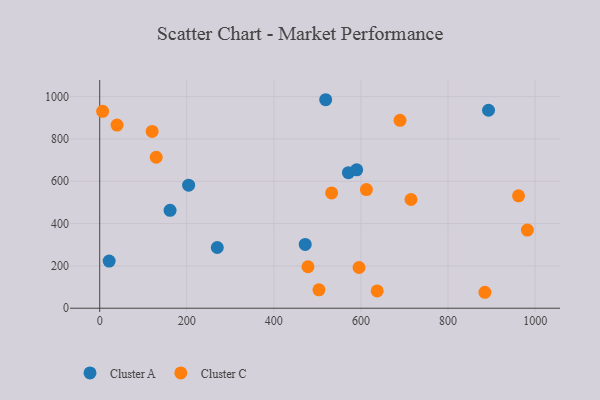
{"axis": {"x": "Investment", "y": "Demand"}, "legend": ["Cluster A", "Cluster C"], "data": [{"x": "893.0", "y": 935.7, "type": "Cluster A"}, {"x": "270.0", "y": 287.0, "type": "Cluster A"}, {"x": "571.2", "y": 640.8, "type": "Cluster A"}, {"x": "204.2", "y": 581.8, "type": "Cluster A"}, {"x": "519.0", "y": 985.5, "type": "Cluster A"}, {"x": "590.2", "y": 654.0, "type": "Cluster A"}, {"x": "472.0", "y": 301.8, "type": "Cluster A"}, {"x": "21.7", "y": 222.7, "type": "Cluster A"}, {"x": "161.6", "y": 462.8, "type": "Cluster A"}, {"x": "39.8", "y": 865.8, "type": "Cluster C"}, {"x": "478.3", "y": 196.1, "type": "Cluster C"}, {"x": "6.7", "y": 930.8, "type": "Cluster C"}, {"x": "129.8", "y": 713.6, "type": "Cluster C"}, {"x": "982.2", "y": 369.4, "type": "Cluster C"}, {"x": "503.5", "y": 86.9, "type": "Cluster C"}, {"x": "961.9", "y": 531.4, "type": "Cluster C"}, {"x": "595.6", "y": 192.5, "type": "Cluster C"}, {"x": "612.5", "y": 560.9, "type": "Cluster C"}, {"x": "120.4", "y": 835.9, "type": "Cluster C"}, {"x": "689.7", "y": 888.3, "type": "Cluster C"}, {"x": "714.9", "y": 513.8, "type": "Cluster C"}, {"x": "532.7", "y": 544.8, "type": "Cluster C"}, {"x": "884.7", "y": 75.4, "type": "Cluster C"}, {"x": "637.3", "y": 82.0, "type": "Cluster C"}]}